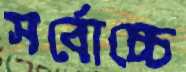
সর্বোচ্চে